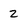
Character: 2